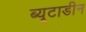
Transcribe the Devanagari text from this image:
ब्यूटाडीन